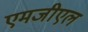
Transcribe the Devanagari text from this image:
एमजीएल